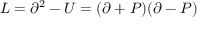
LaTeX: L = \partial ^ { 2 } - U = ( \partial + P ) ( \partial - P )